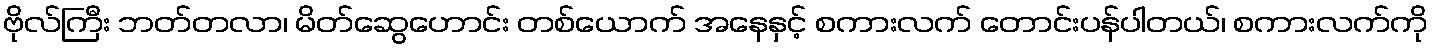
ဗိုလ်ကြီး ဘတ်တလာ၊ မိတ်ဆွေဟောင်း တစ်ယောက် အနေနှင့် စကားလက် တောင်းပန်ပါတယ်၊ စကားလက်ကို